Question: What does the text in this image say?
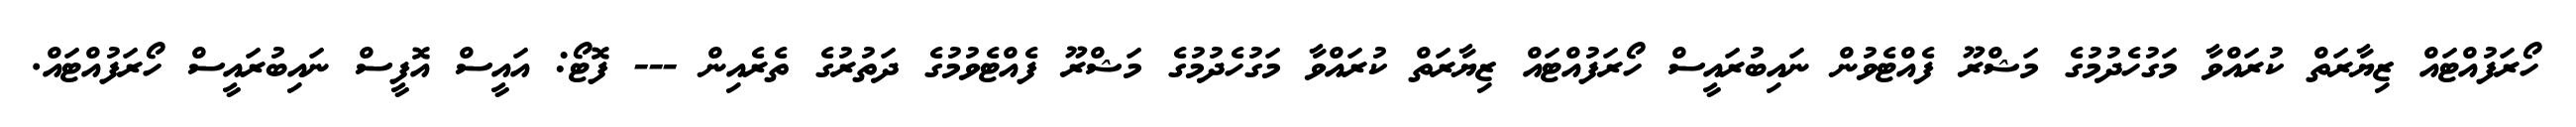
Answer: ހޯރަފުއްޓައް ޒިޔާރަތް ކުރައްވާ މަގުހެދުމުގެ މަޝްރޫ ފެއްޓެވުން ނައިބުރައީސް ހޯރަފުއްޓައް ޒިޔާރަތް ކުރައްވާ މަގުހެދުމުގެ މަޝްރޫ ފެއްޓެވުމުގެ ދަތުރުގެ ތެރެއިން --- ފޮޓޯ: އައީސް އޮފީސް ނައިބުރައީސް ހޯރަފުއްޓައް.